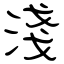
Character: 淺